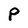
Character: P